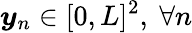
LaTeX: {\boldsymbol{y}}_{n}\in[0,L]^{2},\ \forall n